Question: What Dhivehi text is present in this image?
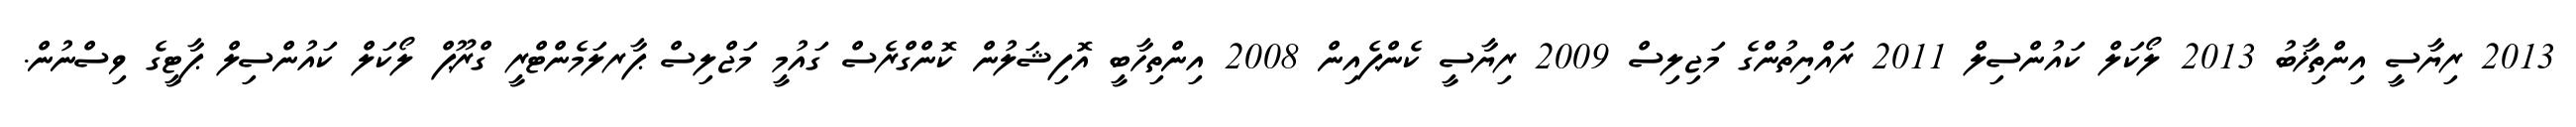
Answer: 2013 ރިޔާސީ އިންތިޚާބު 2013 ލޯކަލް ކައުންސިލް 2011 ރައްޔިތުންގެ މަޖިލިސް 2009 ރިޔާސީ ކެންޕެއިން 2008 އިންތިހާބީ އޮފިޝަލުން ކޮންގްރެސް ގައުމީ މަޖްލިސް ޕާރލަމެންޓްރީ ގްރޫޕް ލޯކަލް ކައުންސިލް ޕާޓީގެ ވިސްނުން.